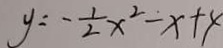
y = - \frac { 1 } { 2 } x ^ { 2 } - x + 4